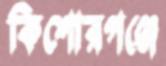
কিশোরগঞ্জে